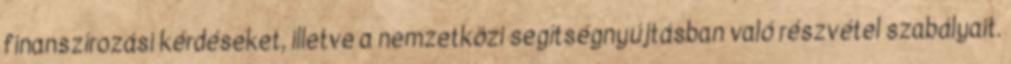
finanszírozási kérdéseket, illetve a nemzetközi segítségnyújtásban való részvétel szabályait.